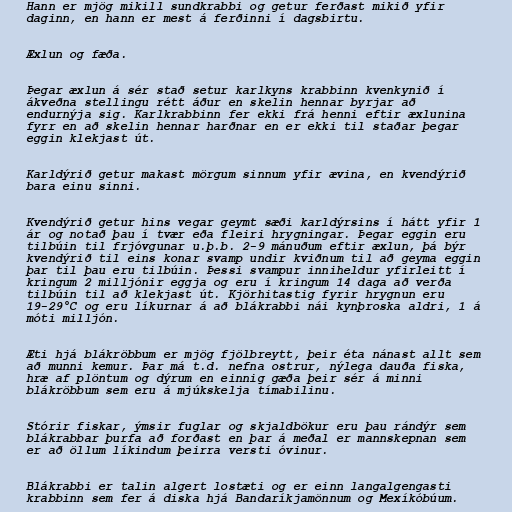
Hann er mjög mikill sundkrabbi og getur ferðast mikið yfir
daginn, en hann er mest á ferðinni í dagsbirtu.

Æxlun og fæða.

Þegar æxlun á sér stað setur karlkyns krabbinn kvenkynið í
ákveðna stellingu rétt áður en skelin hennar byrjar að
endurnýja sig. Karlkrabbinn fer ekki frá henni eftir æxlunina
fyrr en að skelin hennar harðnar en er ekki til staðar þegar
eggin klekjast út.

Karldýrið getur makast mörgum sinnum yfir ævina, en kvendýrið
bara einu sinni.

Kvendýrið getur hins vegar geymt sæði karldýrsins í hátt yfir 1
ár og notað þau í tvær eða fleiri hrygningar. Þegar eggin eru
tilbúin til frjóvgunar u.þ.b. 2-9 mánuðum eftir æxlun, þá býr
kvendýrið til eins konar svamp undir kviðnum til að geyma eggin
þar til þau eru tilbúin. Þessi svampur inniheldur yfirleitt í
kringum 2 milljónir eggja og eru í kringum 14 daga að verða
tilbúin til að klekjast út. Kjörhitastig fyrir hrygnun eru
19-29°C og eru líkurnar á að blákrabbi nái kynþroska aldri, 1 á
móti milljón.

Æti hjá blákröbbum er mjög fjölbreytt, þeir éta nánast allt sem
að munni kemur. Þar má t.d. nefna ostrur, nýlega dauða fiska,
hræ af plöntum og dýrum en einnig gæða þeir sér á minni
blákröbbum sem eru á mjúkskelja tímabilinu.

Stórir fiskar, ýmsir fuglar og skjaldbökur eru þau rándýr sem
blákrabbar þurfa að forðast en þar á meðal er mannskepnan sem
er að öllum líkindum þeirra versti óvinur.

Blákrabbi er talin algert lostæti og er einn langalgengasti
krabbinn sem fer á diska hjá Bandaríkjamönnum og Mexíkóbúum.